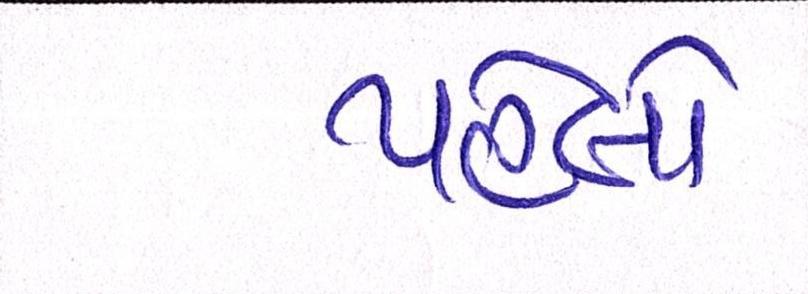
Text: પહેલો